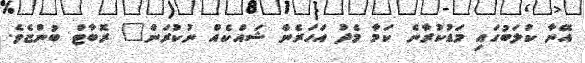
އޭނާ ކުލަބުގައި މަޑުކުރާނެ ކަމާ މެދު އަހަރެން ޝައްކެއް ނުކުރަން" ރޮބާޓް ބުންޏެވެ.